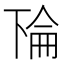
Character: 𫠳